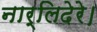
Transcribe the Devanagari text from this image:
नार्लिदेरे।